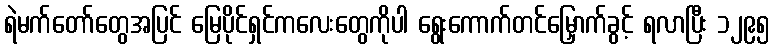
ရဲမက်တော်တွေအပြင် မြေပိုင်ရှင်ကလေးတွေကိုပါ ရွေးကောက်တင်မြှောက်ခွင့် ရလာပြီး ၁၂၉၅